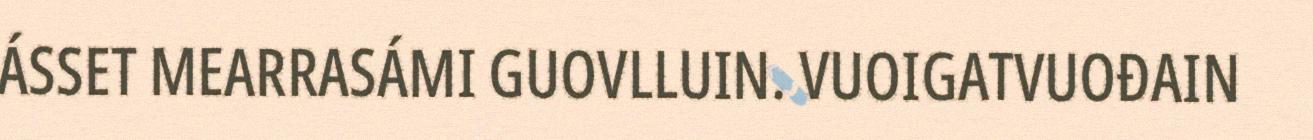
ÁSSET MEARRASÁMI GUOVLLUIN. VUOIGATVUOĐAIN